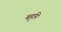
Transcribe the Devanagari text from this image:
बहुनि